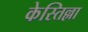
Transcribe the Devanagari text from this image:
केस्तिल्ला